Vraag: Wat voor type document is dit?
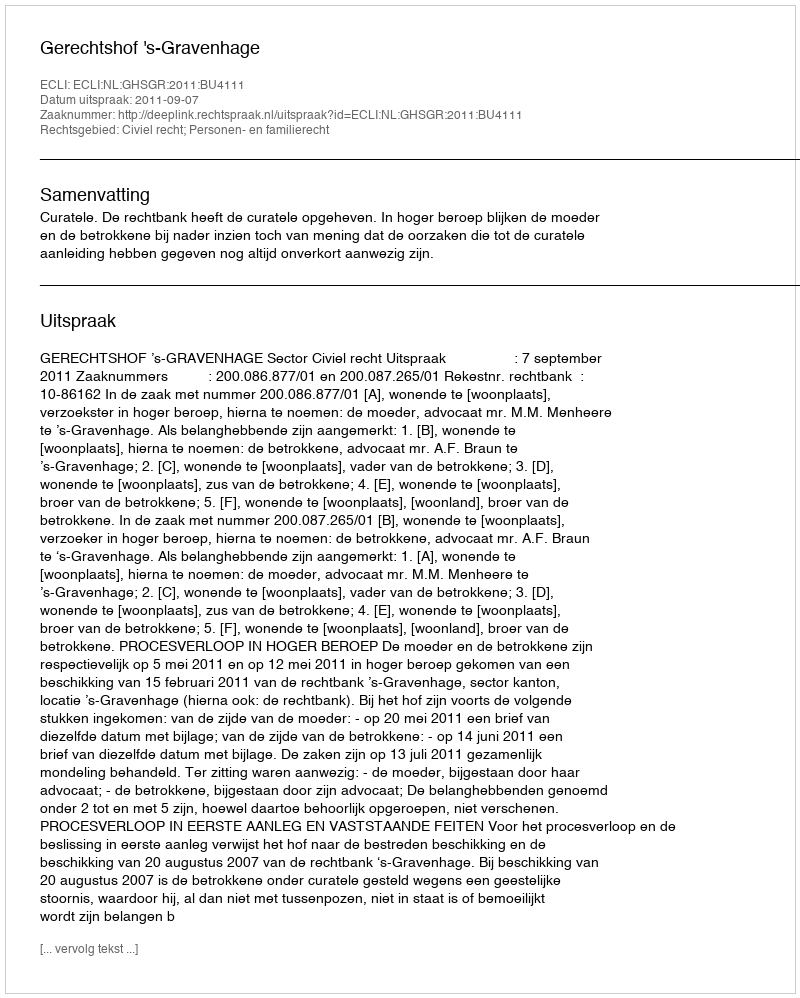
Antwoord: Uitspraak